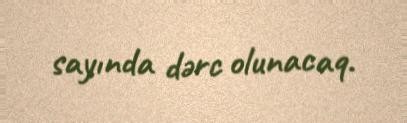
sayında dərc olunacaq.